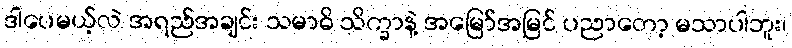
ဒါပေမယ့်လဲ အရည်အချင်း သမာဓိ သိက္ခာနဲ့ အမြော်အမြင် ပညာတော့ မသာပါဘူး၊